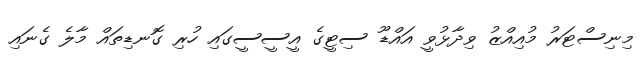
މިނިސްޓަރު މުއިއްޒު ވިދާޅުވީ އައްޑޫ ސިޓީގެ އީސީސީގައި ހުރި ގޮނޑިތައް މާލެ ގެނައި